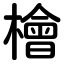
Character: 檜